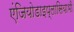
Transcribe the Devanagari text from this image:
एंजियोडाइप्लासियाभी